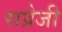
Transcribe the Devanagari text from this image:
सप्रेजी